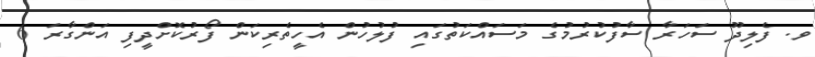
ވ. ފެލިދޫ ސަހަރާ ސާފުކުރުމުގެ މަސައްކަތުގައި ފުލުހުން އެހީތެރިކަން ފޯރުކޮށްދީފި އަންގާރަ 6